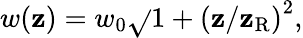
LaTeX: w(\mathbf{z})=w_{0}\sqrt{}{{1+\left(\mathbf{z}/\mathbf{z}_{\mathrm{{R}}}\right)^{2}}},